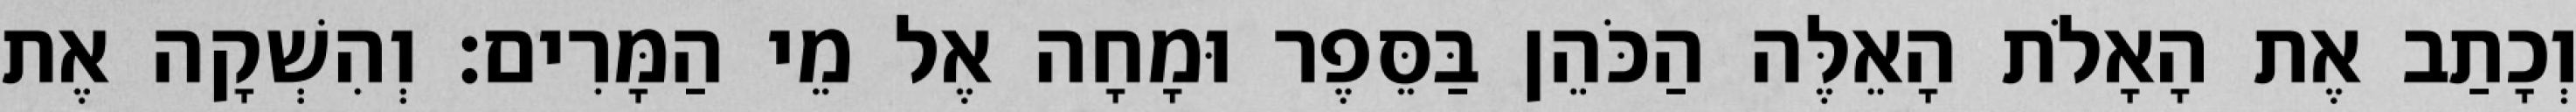
וְכָתַב אֶת הָאָלֹת הָאֵלֶּה הַכֹּהֵן בַּסֵּפֶר וּמָחָה אֶל מֵי הַמָּרִים׃ וְהִשְׁקָה אֶת